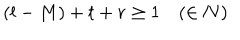
( l - M ) + t + r \geq 1 \quad ( \in \bf { N } )